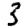
Digit: 3